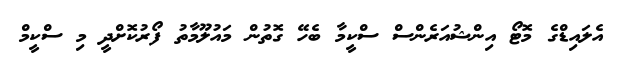
އެލައިޑްގެ މޮޓޯ އިންޝުއަރެންސް ސްކީމާ ބެހޭ ގޮތުން މައުލޫމާތު ފޯރުކޮށްދީ މި ސްކީމް